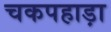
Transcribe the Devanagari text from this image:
चकपहाड़ा